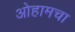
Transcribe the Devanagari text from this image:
ओहामचा